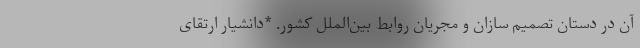
آن در دستان تصمیم سازان و مجریان روابط بین‌الملل کشور. *دانشیار ارتقای